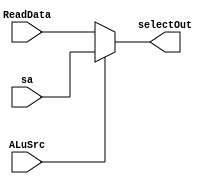
`timescale 1ns / 1ps
//////////////////////////////////////////////////////////////////////////////////
// Company: 
// Engineer: 
// 
// Design Name: 
// Module Name: DataSelector
// Project Name: 
// Target Devices: 
// Tool Versions: 
// Description: 
// 
// Dependencies: 
// 
// Revision:
// Revision 0.01 - File Created
// Additional Comments:
// 
//////////////////////////////////////////////////////////////////////////////////

//32DataSelect
module DataSelector(
    input [31:0] ReadData,
    input [31:0] sa,
    input ALuSrc,
    output [31:0] selectOut
    );
    assign selectOut = (ALuSrc == 0)? ReadData: sa;
    endmodule